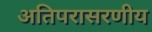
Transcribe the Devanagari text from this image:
अतिपरासरणीय